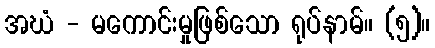
အဃံ - မကောင်းမှုဖြစ်သော ရုပ်နာမ်။ (၅)။